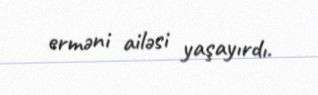
erməni ailəsi yaşayırdı.